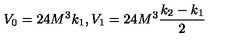
V _ { 0 } = 2 4 M ^ { 3 } k _ { 1 } , V _ { 1 } = 2 4 M ^ { 3 } \frac { k _ { 2 } - k _ { 1 } } { 2 }